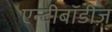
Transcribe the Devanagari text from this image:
एन्टीबॉडीज़